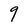
Character: 9